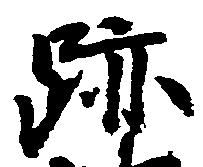
跡